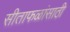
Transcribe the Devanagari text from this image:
सीताफळांसाठी